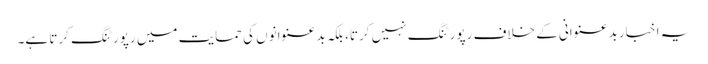
یہ اخبار بدعنوانی کے خلاف رپورٹنگ نہیں کرتا، بلکہ بدعنوانوں کی حمایت میں رپورٹنگ کرتا ہے۔